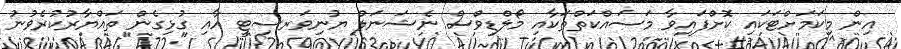
އިން މިކަމަށްޓަކައި ކޮށްފައިވާ މަސައްކަތްތަކާއި މޯލްޑިވްސް ނެޝަނަލް ޔުނިވަރސިޓީ އާއި ގުޅިގެން ތައްޔާރުކުރެވުނު